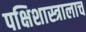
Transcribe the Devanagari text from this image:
पक्षिशास्त्रालाच